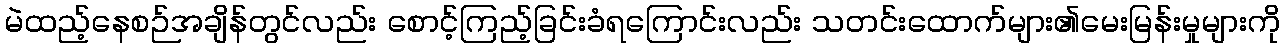
မဲထည့်နေစဉ်အချိန်တွင်လည်း စောင့်ကြည့်ခြင်းခံရကြောင်းလည်း သတင်းထောက်များ၏မေးမြန်းမှုများကို